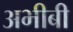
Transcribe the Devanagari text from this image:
अभीबी